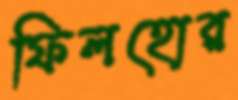
ফিলহোর